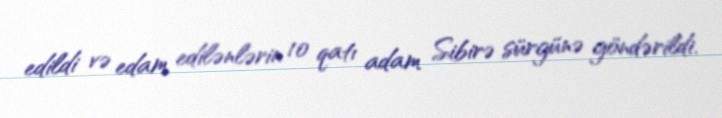
edildi və edam edilənlərin 10 qatı adam Sibirə sürgünə göndərildi.